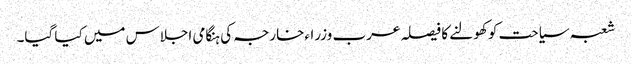
شعبہ سیاحت کو کھولنے کا فیصلہ عرب وزراءخارجہ کی ہنگامی اجلاس میں کیا گیا۔